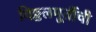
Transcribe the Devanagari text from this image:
विठ्ठलमूर्तीची